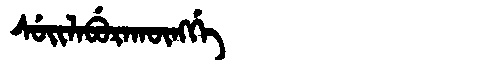
Manchu: ᠰᡠᡳᠯᠠᠪᡠᡵᠠᡴᡡᠩᡤᡝ
Romanization: SUILABURAKŪNGGE